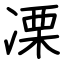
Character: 凓